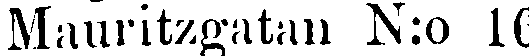
Mauritzgatan N:o 10